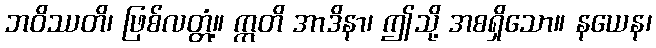
ဘဝိဿတိ၊ ဖြစ်လတ္တံ့။ ဣတိ အာဒိနာ၊ ဤသို့ အစရှိသော။ နယေန၊